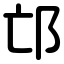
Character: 邙